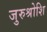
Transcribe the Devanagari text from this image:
जुरुश्रोशि